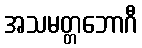
အသမတ္တဘောဂီ